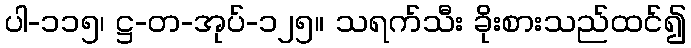
ပါ-၁၁၅၊ ဋ္ဌ-တ-အုပ်-၁၂၅။ သရက်သီး ခိုးစားသည်ထင်၍